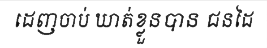
ដេញចាប់ ឃាត់ខ្លួនបាន ជនដៃ